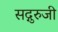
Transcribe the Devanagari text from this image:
सद्गुरुजी